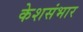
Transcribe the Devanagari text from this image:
केशसंभार